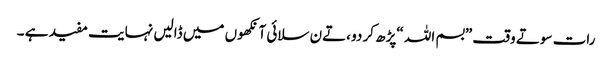
رات سوتے وقت ”بسم اللہ “پڑھ کر دو ،تےن سلائی آنکھوں میں ڈالیں نہایت مفید ہے ۔